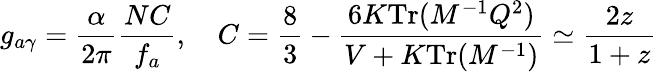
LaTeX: g_{a\gamma}=\frac{\alpha}{2\pi}\frac{NC}{f_{a}},~~~~C=\frac 83-\frac{6K\mathrm{Tr}(M^{-1}Q^{2})}{V+K\mathrm{Tr}(M^{-1})}\simeq\frac{2z}{1+z}